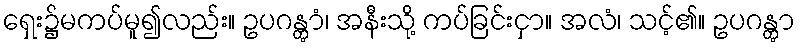
ရှေး၌မကပ်မူ၍လည်း။ ဥပဂန္တွာံ၊ အနီးသို့ ကပ်ခြင်းငှာ။ အလံ၊ သင့်၏။ ဥပဂန္တွာ